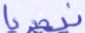
نيجيريا